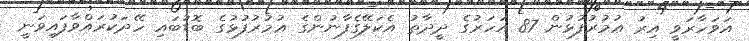
އަވަހާރަވީ އިރު ޢުމުރުފުޅުން 87 އަހަރުގެ ދީދާތު އެކަލޭގެފާނުންގެ ޢުމުރުފުޅުގެ ބޮޑުބައި ހޭދަކުރައްވާފައިވަނީ